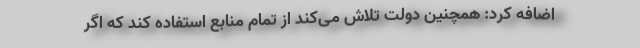
اضافه کرد: همچنین دولت تلاش می‌کند از تمام منابع استفاده کند که اگر